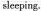
sleeping.